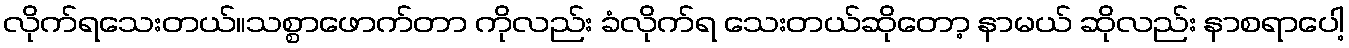
လိုက်ရသေးတယ်။သစ္စာဖောက်တာ ကိုလည်း ခံလိုက်ရ သေးတယ်ဆိုတော့ နာမယ် ဆိုလည်း နာစရာပေါ့